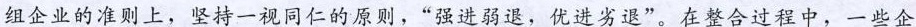
组企业的准则上，坚持一视同仁的原则，”强进弱退，优进劣退”。在整合过程中，一些企